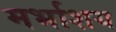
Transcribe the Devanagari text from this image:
मर्भाशय